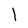
Character: l